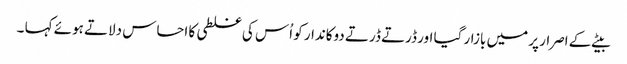
بیٹے کے اصرار پر میں بازار گیا اور ڈرتے ڈرتے دوکاندار کو اُس کی غلطی کا احساس دلاتے ہوئے کہا ۔